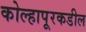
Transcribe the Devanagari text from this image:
कोल्हापूरकडील